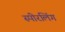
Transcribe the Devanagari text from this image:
स्पीरलिंग